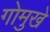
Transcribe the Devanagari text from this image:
गोमुखे